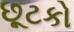
છૂટકો